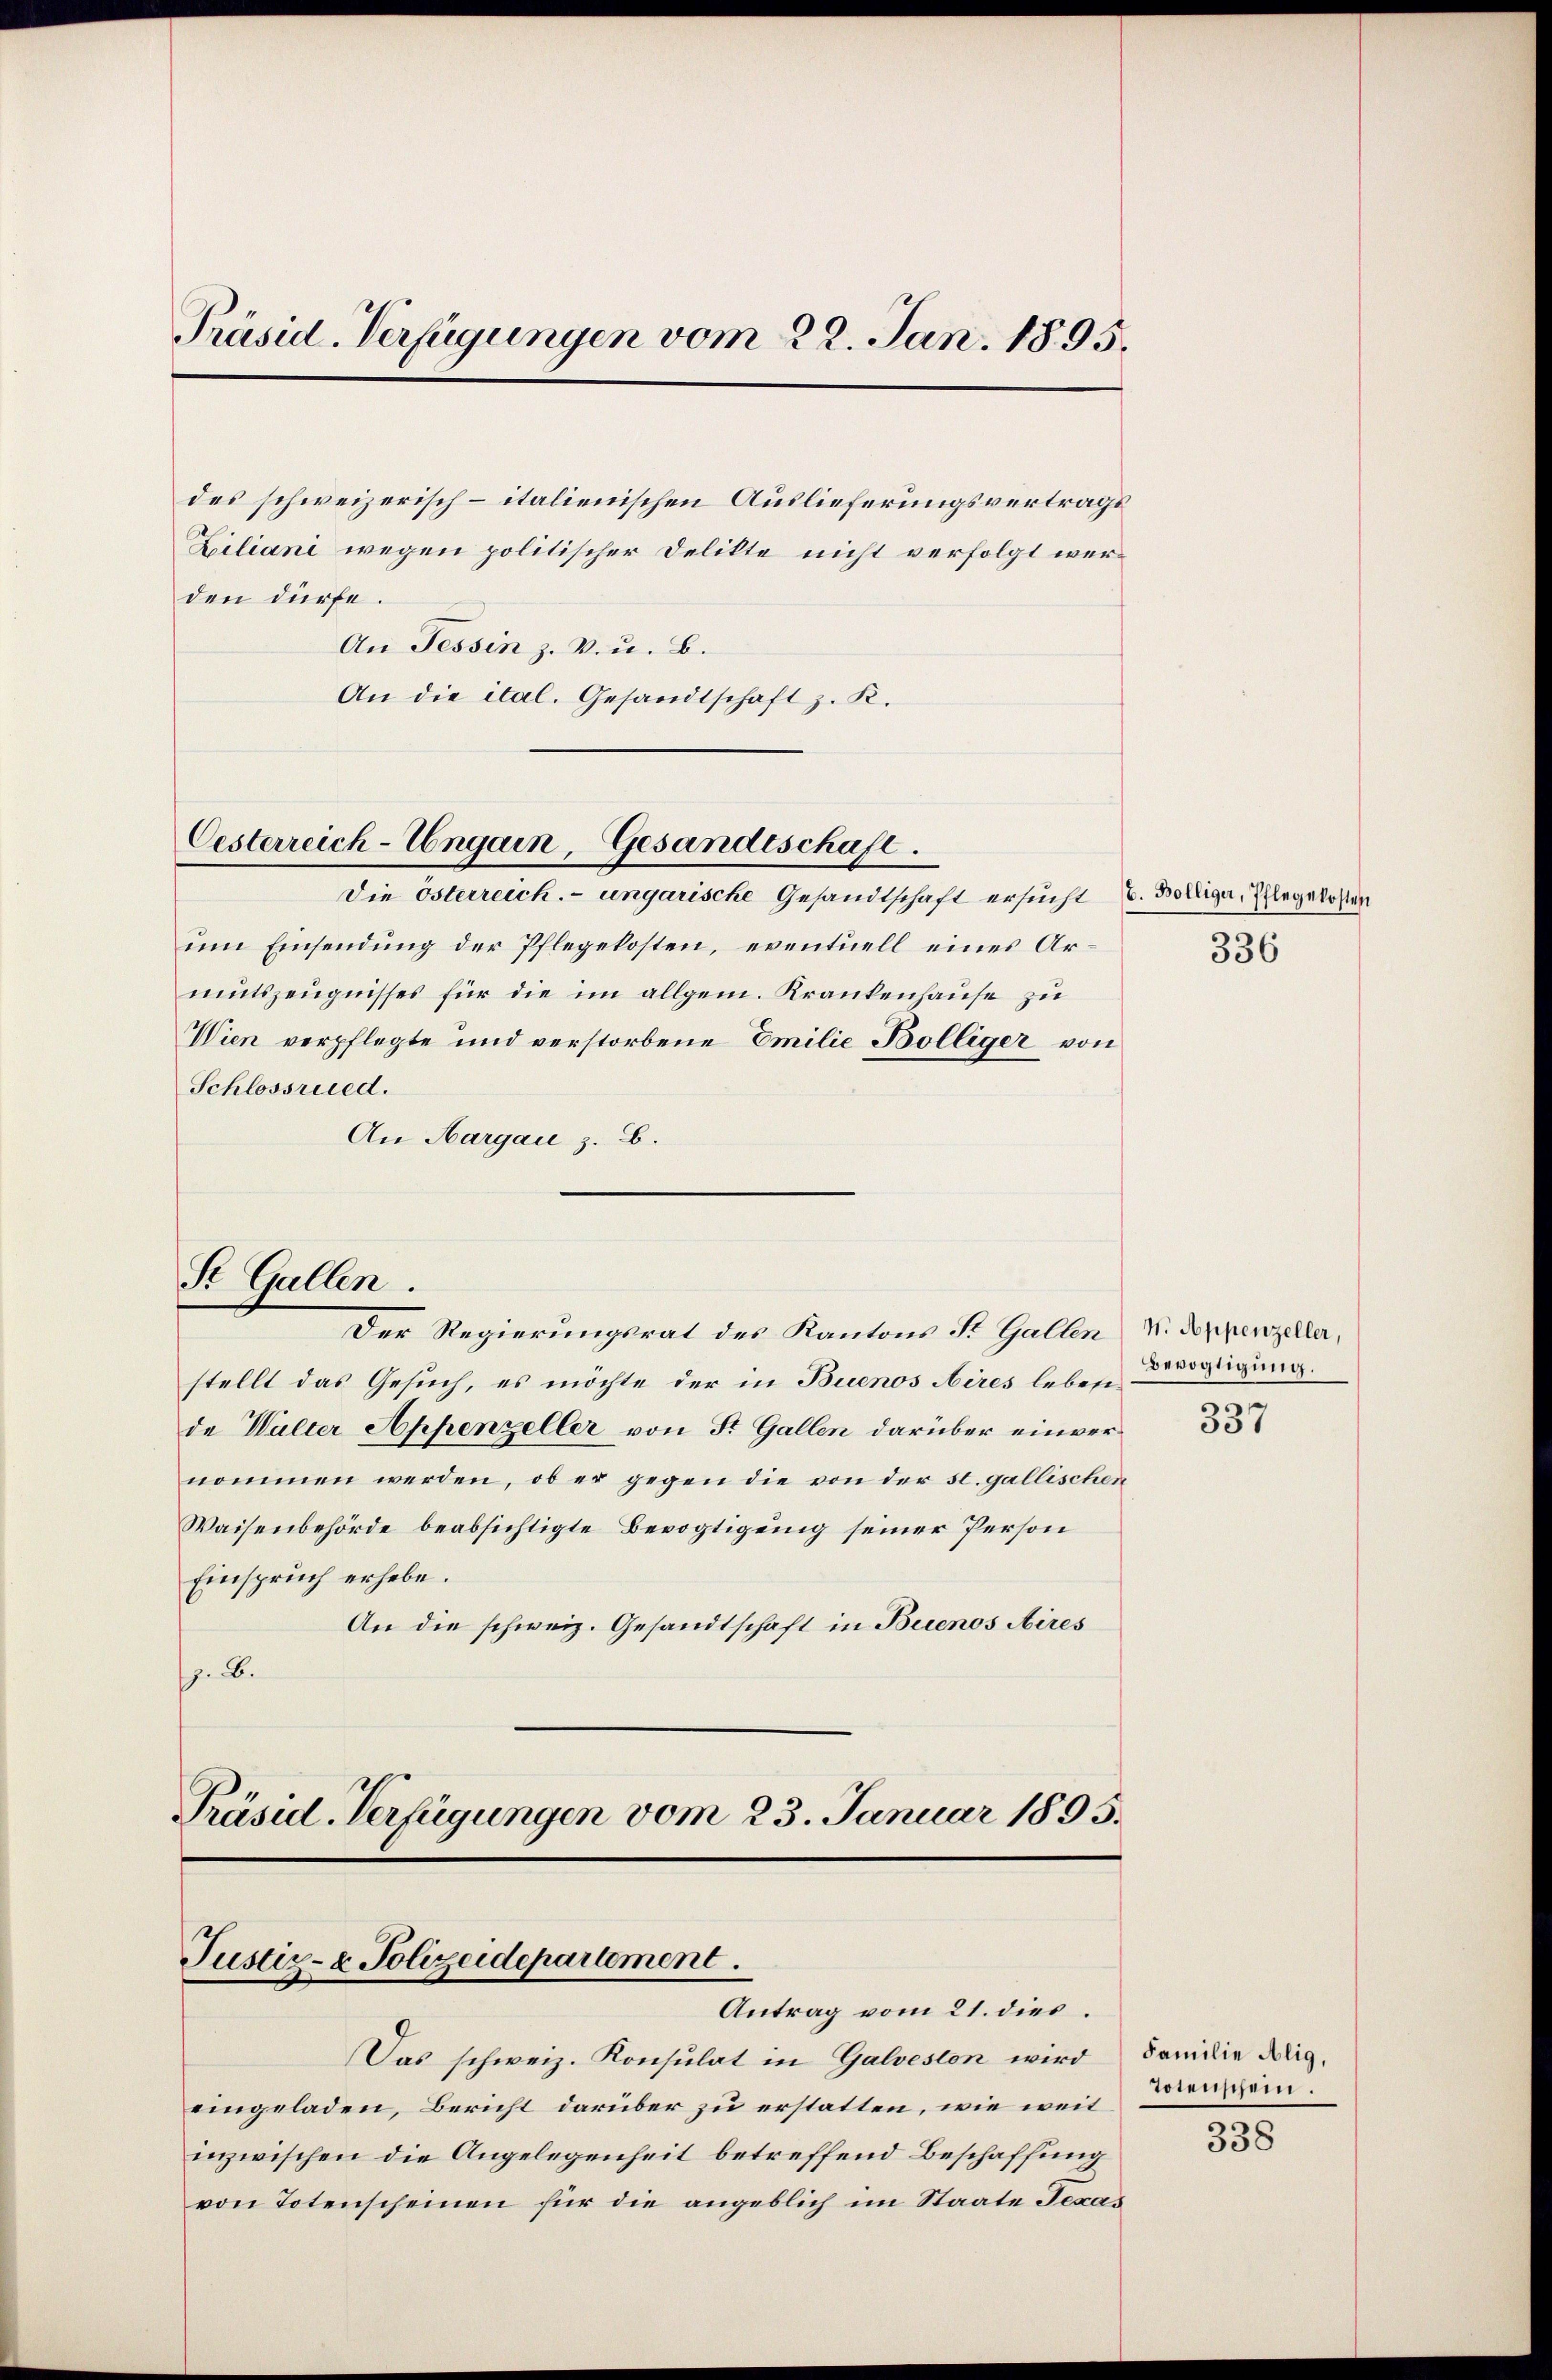
Präsid. Verfügungen vom 22. Jan. 1895.

des schweizerisch-italienischen Auslieferungsvertrags
Ziliani wegen politischer Delikte nicht verfolgt werden dürfe.
An Tessin z. B. u. B.
An die ital. Gesandtschaft z. K.

Oesterreich-Ungarn, Gesandtschaft.

Die österreich. - ungarische Gesandtschaft ersucht C. Bolliger, Pflegekosten
um Einsendung der Pflegekosten, eventuell eines Armutszeugnisses für die im allgem. Krankenhause zu
Wien verpflegte und verstorbene Emilie Bolliger von
Schlossrued.
An Margau z. B.
Der Regierungsrat des Kantons St. Gallen
stellt das Gesuch, es möchte der in Buenos Aires lebende Walter Appenzeller von St. Gallen darüber einvernommen werden, ob er gegen die von der st. gallischen
Waisenbehörde beabsichtigte Bevogtigung seiner Person
Einspruch erhebe.
An die schweiz. Gesandtschaft in Buenos Aires
.b.
Präsid. Verfügungen vom 23. Januar 1895.

St. Gallen.

Pustiz- & Polizeidepartement.
Antrag vom 21. dies

Das schweiz. Konsulat in Galveston wird
eingeladen, Bericht darüber zu erstatten, wie weit
inzwischen die Angelegenheit betreffend Beschaffung
von Totenscheinen für die angeblich im Staate Texas

336

M. Appenzeller,
Bevogtigung.
.
337

Familie Alig,
Totenschein.
338